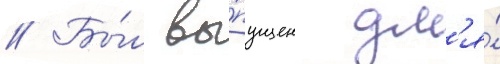
// Бы́л вы́пущен дл'я́